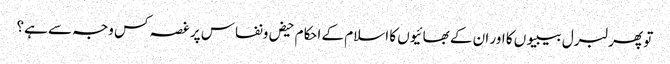
تو پھر لبرل بیبیوں کا اور ان کے بھائیوں کا اسلام کے احکام حیض ونفاس پر غصہ کس وجہ سے ہے؟